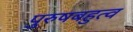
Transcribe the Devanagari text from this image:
पुरुषबहुत्व